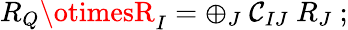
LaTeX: R_{Q}\otimesR_{I}=\oplus_{J}\ \mathcal{C}_{IJ}\ R_{J}\ ;